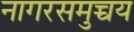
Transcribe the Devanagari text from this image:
नागरसमुच्चय